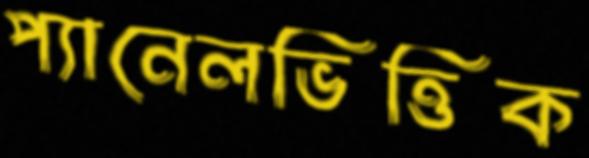
প্যানেলভিত্তিক